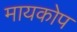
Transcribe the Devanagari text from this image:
मायकोप